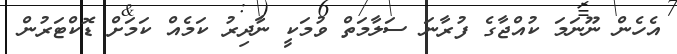
އެހެން ނޫނަމަ ކުއްޖާގެ ފުރާނަ ސަލާމަތް ވުމަކީ ނާދިރު ކަމެއް ކަމަށް ޑޮކްޓަރުން